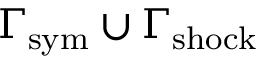
\Gamma _ { \mathrm { s y m } } \cup \Gamma _ { \mathrm { s h o c k } }